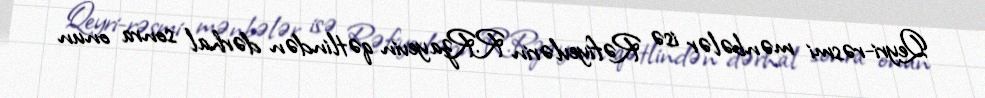
Qeyri-rəsmi mənbələr isə Rəfiyevlərin R.Rzayevin qətlindən dərhal sonra onun